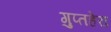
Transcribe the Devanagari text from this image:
गुप्तहेरा